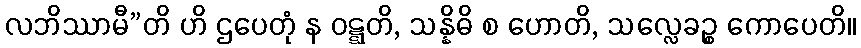
လဘိဿာမီ”တိ ဟိ ဌပေတုံ န ဝဋ္ဋတိ, သန္နိဓိ စ ဟောတိ, သလ္လေခဉ္စ ကောပေတိ။